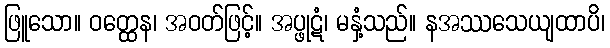
ဖြူသော။ ဝတ္ထေန၊ အဝတ်ဖြင့်။ အပ္ဖုဋံ၊ မနှံ့သည်။ နအဿသေယျထာပိ၊